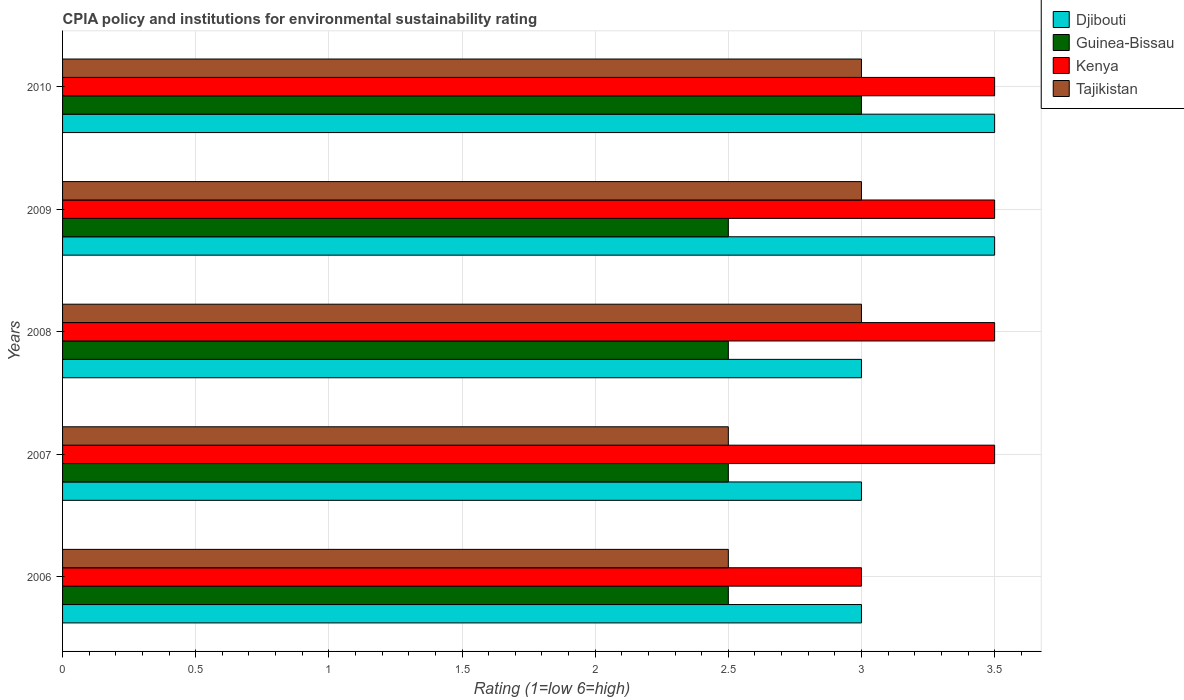
| Years | Djibouti | Guinea-Bissau | Kenya | Tajikistan |
 | --- | --- | --- | --- | --- |
 | 2006 | 3 | 2.5 | 3 | 2.5 |
 | 2007 | 3 | 2.5 | 3.5 | 2.5 |
 | 2008 | 3 | 2.5 | 3.5 | 3 |
 | 2009 | 3.5 | 2.5 | 3.5 | 3 |
 | 2010 | 3.5 | 3 | 3.5 | 3 |